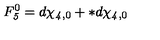
F _ { \it 5 } ^ { 0 } = d \chi _ { { \it 4 } , 0 } + * d \chi _ { { \it 4 } , 0 }